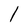
Character: 1